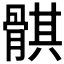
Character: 𱅱